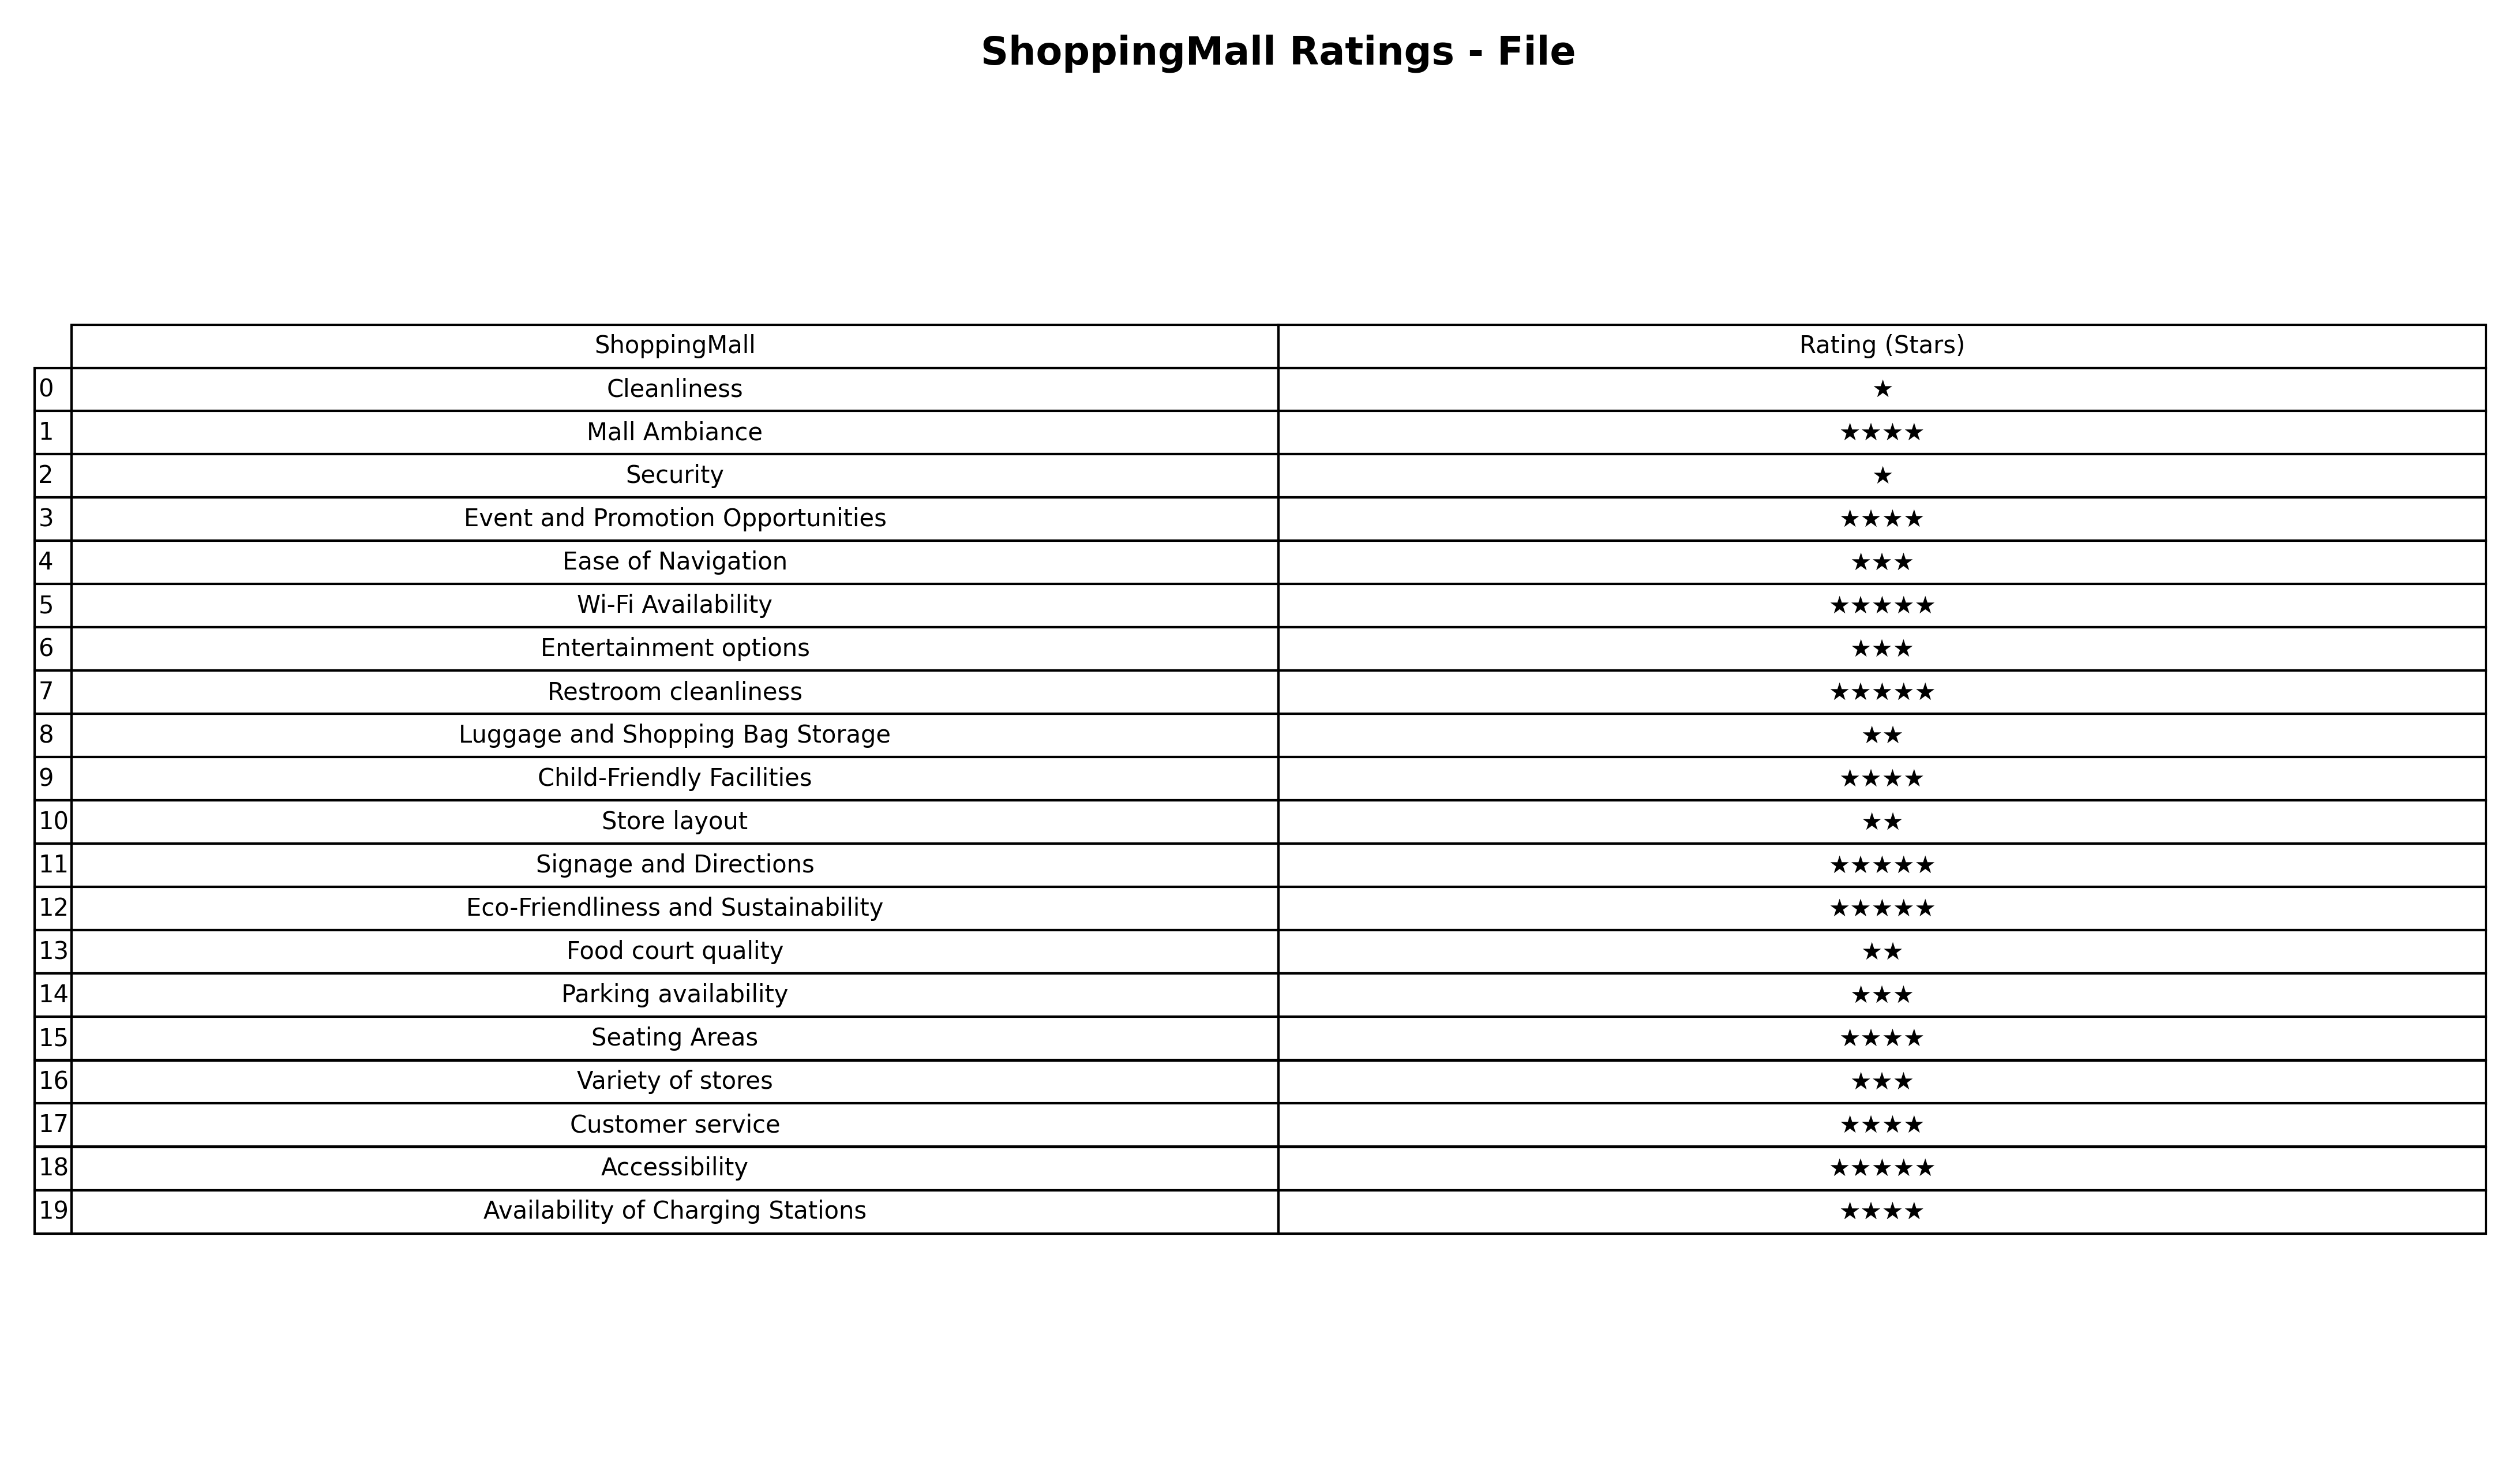
question: What is the rating of Availability of Charging Stations?
answer: ★★★★